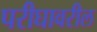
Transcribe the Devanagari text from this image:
परीघावरील